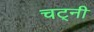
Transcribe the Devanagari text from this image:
चट्नी